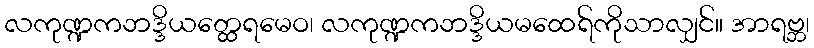
လကုဏ္ဍကဘဒ္ဒိယတ္ထေရမေဝ၊ လကုဏ္ဍကဘဒ္ဒိယမထေရ်ကိုသာလျှင်။ အာရဗ္ဘ၊